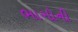
ભાગોની